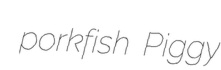
porkfish Piggy